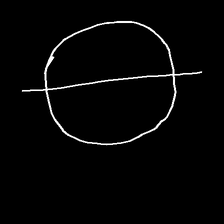
Glyph: orb